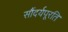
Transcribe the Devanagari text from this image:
सौंदर्यपूरति